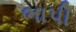
ભાપી